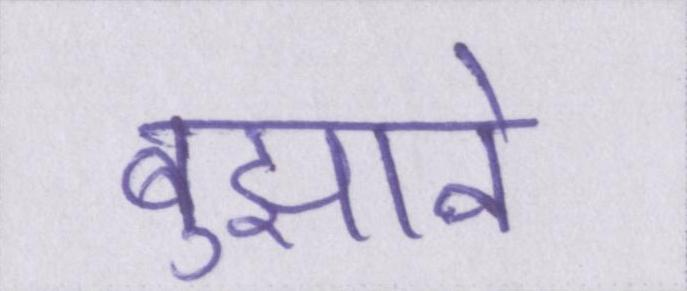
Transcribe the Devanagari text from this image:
बुझाने